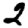
Digit: 2